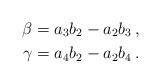
LaTeX: \begin{align*}\beta &= a_3 b_2 - a_2 b_3 \,, \\\gamma &= a_4 b_2 - a_2 b_4 \,. \end{align*}